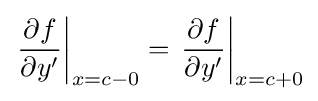
\left.{\frac {\partial f}{\partial y'}}\right|_{x=c-0}=\left.{\frac {\partial f}{\partial y'}}\right|_{x=c+0}